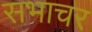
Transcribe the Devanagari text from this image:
सभाचर